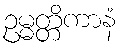
ဥမ္မတ္တိကာနံ